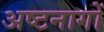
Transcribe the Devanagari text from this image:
अष्टनागों